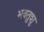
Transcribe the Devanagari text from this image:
भवतुशु